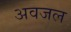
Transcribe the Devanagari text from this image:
अवजल